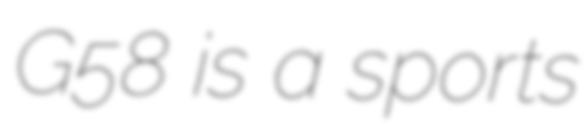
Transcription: G58 is a sports